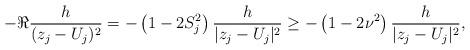
LaTeX: \begin{align*}-\Re \frac{h}{(z_j - U_j)^2} = -\left(1-2 S_j^2 \right) \frac{h}{|z_j-U_j|^2} \ge -\left(1-2\nu^2 \right) \frac{h}{|z_j-U_j|^2}, \end{align*}